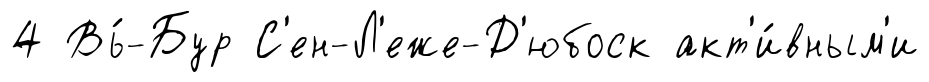
4 Вь́-Бур С'ен-Л'еже-Д'юбоск акт'и́вным'и